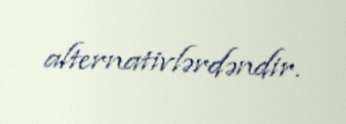
alternativlərdəndir.